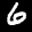
Label: 6